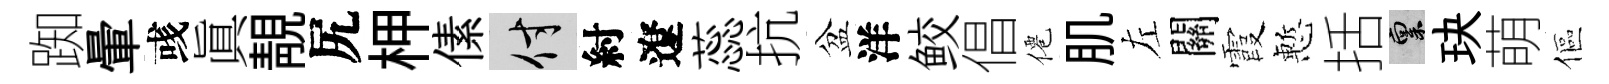
踟暈彧眞靚尻柙傃付紂遼蕊抗盆洋鲛倡僊肌左關霞慙括禀玦萌傴